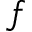
f